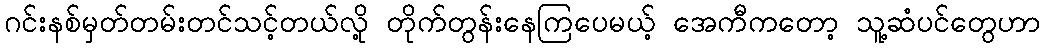
ဂင်းနစ်မှတ်တမ်းတင်သင့်တယ်လို့ တိုက်တွန်းနေကြပေမယ့် အေကီကတော့ သူ့ဆံပင်တွေဟာ